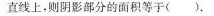
直线上，则阴影部分的面积等于( )。